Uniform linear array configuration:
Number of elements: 12
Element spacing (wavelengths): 0.5
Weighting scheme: exponential
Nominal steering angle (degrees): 30
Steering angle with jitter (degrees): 30.171
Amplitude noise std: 0.05
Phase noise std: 0.05

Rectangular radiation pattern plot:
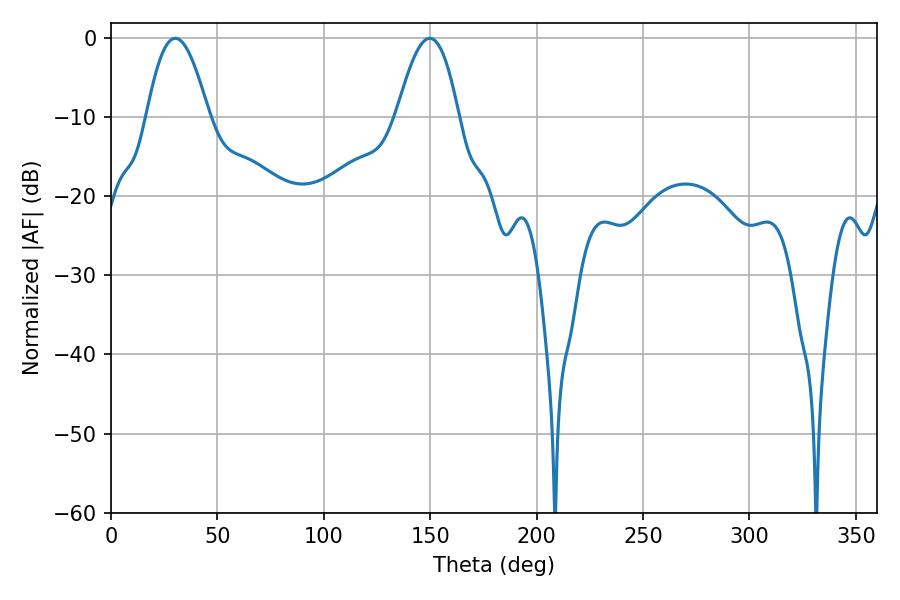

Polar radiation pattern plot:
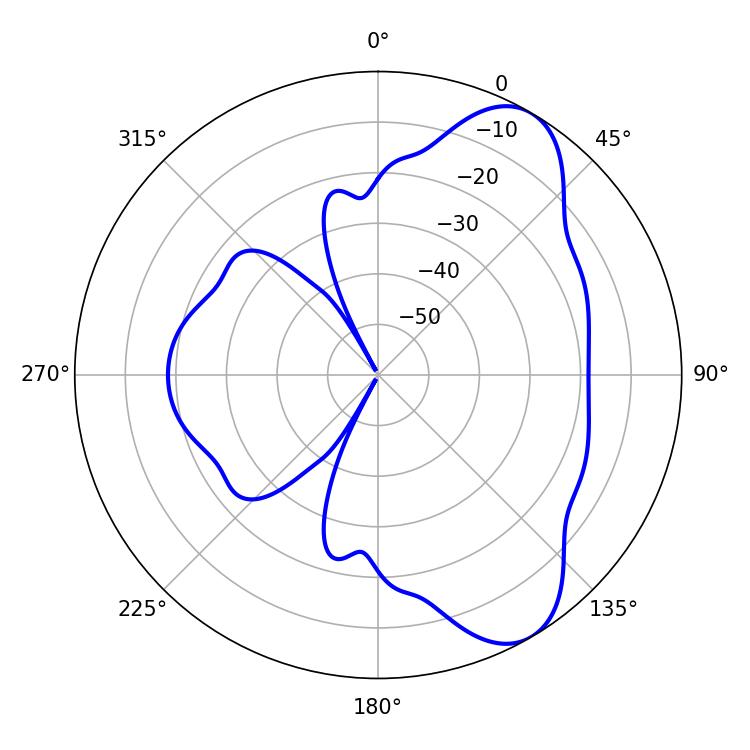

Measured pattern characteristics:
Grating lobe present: FALSE
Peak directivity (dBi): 7.817
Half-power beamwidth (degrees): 15.84
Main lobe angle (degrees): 30.24